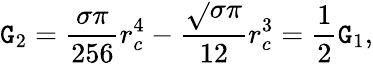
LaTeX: \mathtt{G}_{2}=\frac{{\sigma\pi}}{{256}}r_{c}^{4}-\frac{{\sqrt{}{{\sigma}}\pi}}{{12}}r_{c}^{3}=\frac{{1}}{{2}}\mathtt{G}_{1},